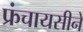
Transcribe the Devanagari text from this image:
फ्रंचायसीने